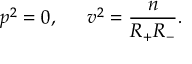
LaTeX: p ^ { 2 } = 0 , \, \, \, \quad v ^ { 2 } = \frac n { R _ { + } R _ { - } } .